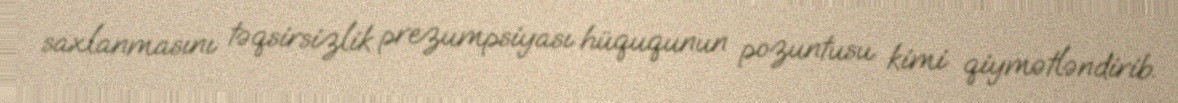
saxlanmasını təqsirsizlik prezumpsiyası hüququnun pozuntusu kimi qiymətləndirib.